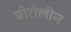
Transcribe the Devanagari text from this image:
बोरोलीन